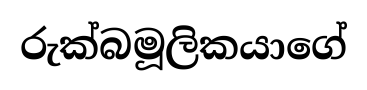
රුක්බමූලිකයාගේ